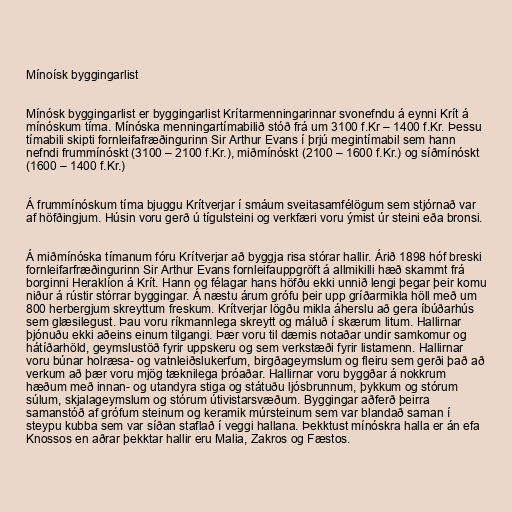
Mínoísk byggingarlist

Mínósk byggingarlist er byggingarlist Krítarmenningarinnar svonefndu á eynni Krít á
mínóskum tíma. Mínóska menningartímabilið stóð frá um 3100 f.Kr – 1400 f.Kr. Þessu
tímabili skipti fornleifafræðingurinn Sir Arthur Evans í þrjú megintímabil sem hann
nefndi frummínóskt (3100 – 2100 f.Kr.), miðmínóskt (2100 – 1600 f.Kr.) og síðmínóskt
(1600 – 1400 f.Kr.)

Á frummínóskum tíma bjuggu Krítverjar í smáum sveitasamfélögum sem stjórnað var
af höfðingjum. Húsin voru gerð ú tígulsteini og verkfæri voru ýmist úr steini eða bronsi.

Á miðmínóska tímanum fóru Krítverjar að byggja risa stórar hallir. Árið 1898 hóf breski
fornleifarfræðingurinn Sir Arthur Evans fornleifauppgröft á allmikilli hæð skammt frá
borginni Heraklíon á Krít. Hann og félagar hans höfðu ekki unnið lengi þegar þeir komu
niður á rústir stórrar byggingar. Á næstu árum grófu þeir upp gríðarmikla höll með um
800 herbergjum skreyttum freskum. Krítverjar lögðu mikla áherslu að gera íbúðarhús
sem glæsilegust. Þau voru ríkmannlega skreytt og máluð í skærum litum. Hallirnar
þjónuðu ekki aðeins einum tilgangi. Þær voru til dæmis notaðar undir samkomur og
hátíðarhöld, geymslustöð fyrir uppskeru og sem verkstæði fyrir listamenn. Hallirnar
voru búnar holræsa- og vatnleiðslukerfum, birgðageymslum og fleiru sem gerði það að
verkum að þær voru mjög tæknilega þróaðar. Hallirnar voru byggðar á nokkrum
hæðum með innan- og utandyra stiga og státuðu ljósbrunnum, þykkum og stórum
súlum, skjalageymslum og stórum útivistarsvæðum. Byggingar aðferð þeirra
samanstóð af grófum steinum og keramik múrsteinum sem var blandað saman í
steypu kubba sem var síðan staflað í veggi hallana. Þekktust mínóskra halla er án efa
Knossos en aðrar þekktar hallir eru Malia, Zakros og Fæstos.